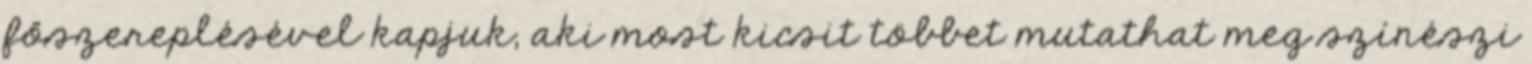
főszereplésével kapjuk, aki most kicsit többet mutathat meg színészi